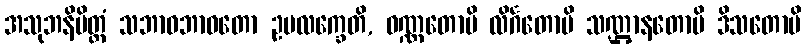
အသုဘနိမိတ္တံ သဘာဝဘာဝတော ဥပလက္ခေတိ, ဝဏ္ဏတောပိ လိင်္ဂတောပိ သဏ္ဌာနတောပိ ဒိသတောပိ